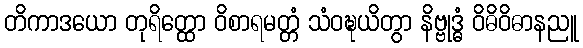
တိကာဒယော တုရိတ္ထော ဝိစာရမတ္တံ သံဝဍ္ဎယိတွာ နိဗ္ဗုဒ္ဓံ ဝိဓိဝိဓာနညူ